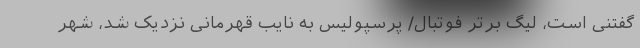
گفتنی است، لیگ برتر فوتبال/ پرسپولیس به نایب قهرمانی نزدیک شد، شهر